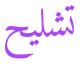
تشليح